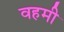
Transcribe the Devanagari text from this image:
वहमी